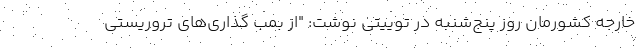
خارجه کشورمان روز پنج‌شنبه در توییتی نوشت: "از بمب گذاری‌های تروریستی